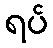
ရပ်